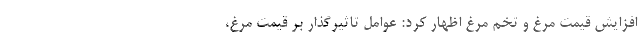
افزایش قیمت مرغ و تخم مرغ اظهار کرد: عوامل تاثیرگذار بر قیمت مرغ،